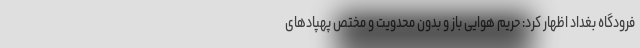
فرودگاه بغداد اظهار کرد: حریم هوایی باز و بدون محدویت و مختص پهپادهای